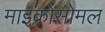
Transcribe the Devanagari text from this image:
माइक्रोसोमल